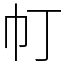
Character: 帄